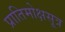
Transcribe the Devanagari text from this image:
प्रातिमोक्षसूत्र